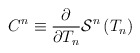
\begin{align*}C^n\equiv \frac \partial {\partial T_n}{\cal S}^n\left( T_n\right)\end{align*}